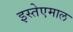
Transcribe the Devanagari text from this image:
इस्तेएमाल